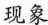
现象